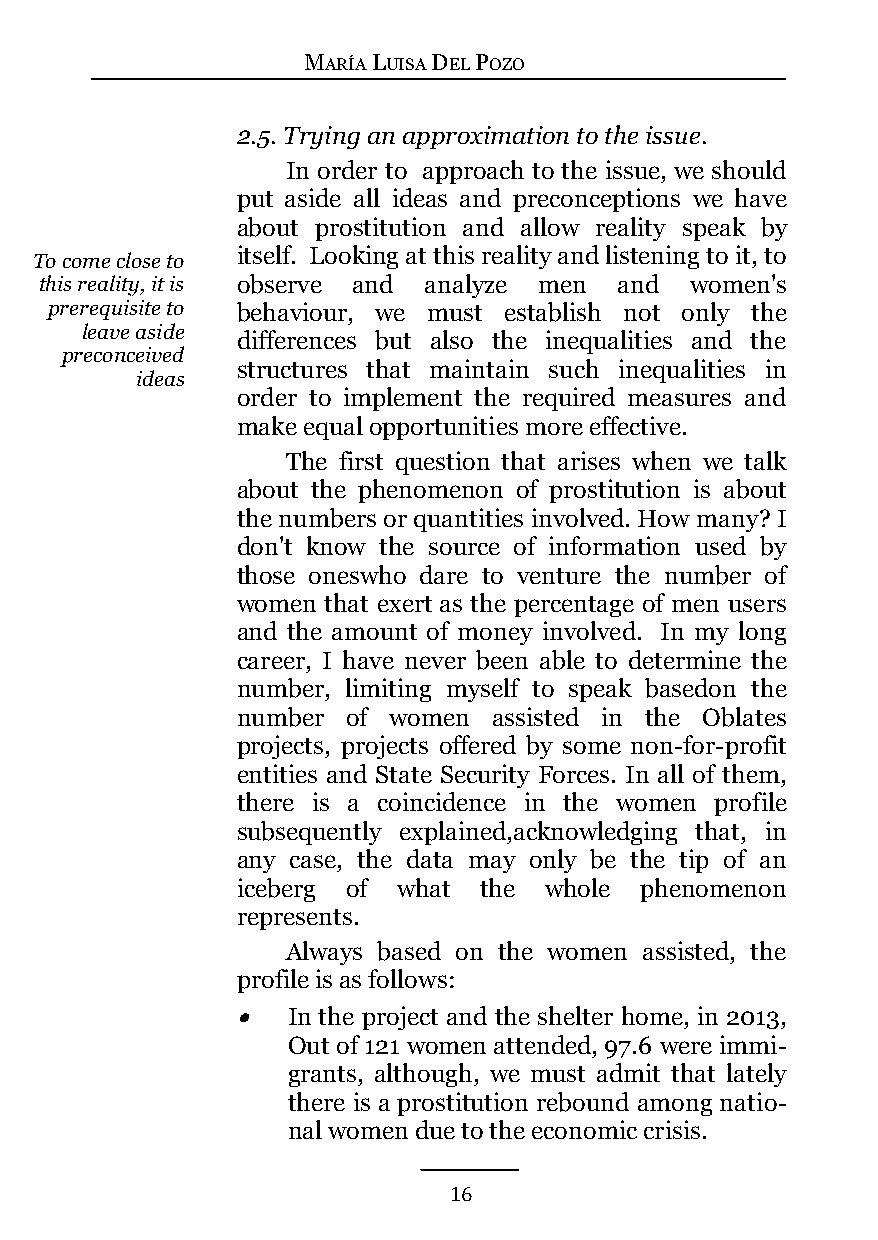
MARÍA LUISA DEL POZO
 2.5. Trying an approximation to the issue.
 In order to approach to the issue, we should
 put aside all ideas and preconceptions we have
 about prostitution and allow reality speak by
 itself. Looking at this reality and listening to it, to
 To come close to
 this reality, it is observe and analyze men and women's
 prerequisite to behaviour, we must establish not only the
 leave aside
 differences but also the inequalities and the
 preconceived
 structures that maintain such inequalities in
 ideas
 order to implement the required measures and
 make equal opportunities more effective.
 The first question that arises when we talk
 about the phenomenon of prostitution is about
 the numbers or quantities involved. How many? I
 don't know the source of information used by
 those oneswho dare to venture the number of
 women that exert as the percentage of men users
 and the amount of money involved. In my long
 career, I have never been able to determine the
 number, limiting myself to speak basedon the
 number of women  assisted in the Oblates
 projects, projects offered by some non-for-profit
 entities and State Security Forces. In all of them,
 there is a coincidence in the women profile
 subsequently explained,acknowledging that, in
 any case, the data may only be the tip of an
 iceberg of what the whole phenomenon
 represents.
 Always based on the women assisted, the
 profile is as follows:
   In the project and the shelter home, in 2013,
 Out of 121 women attended, 97.6 were immi-
 grants, although, we must admit that lately
 there is a prostitution rebound among natio-
 nal women due to the economic crisis.
 16